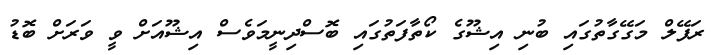
ރަފޭލް މަގޭގާތުގައި ބުނި އިޝޫގެ ކޯތާފަތުގައި ބޮސްދިނީމަވެސް އިޝޫއަށް ވީ ވަރަށް ބޮޑު